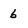
Character: 6